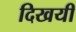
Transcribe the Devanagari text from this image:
दिखयी